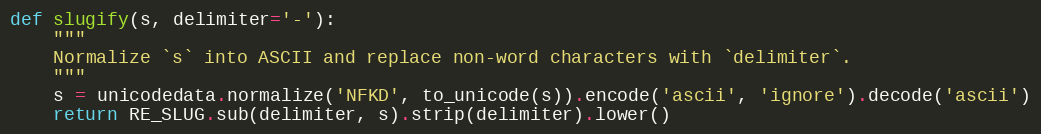
Language: Python
def slugify(s, delimiter='-'):
    """
    Normalize `s` into ASCII and replace non-word characters with `delimiter`.
    """
    s = unicodedata.normalize('NFKD', to_unicode(s)).encode('ascii', 'ignore').decode('ascii')
    return RE_SLUG.sub(delimiter, s).strip(delimiter).lower()